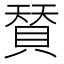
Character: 𮚌